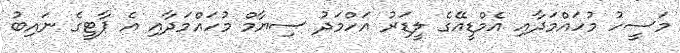
މަސީހު މުހައްމަދާއި އެމްޑީއޭގެ ލީޑަރު އަހްމަދު ސިޔާމް މުހައްމަދާއި އެ ޕާޓީގެ ނައިބު